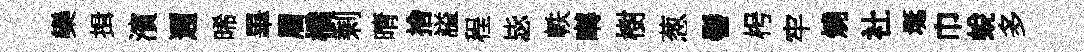
欒揖濱邇晞畢眉橋剩晴捨謚程毖軼囀樹葱髻枵牢燒社埏巾蛻多